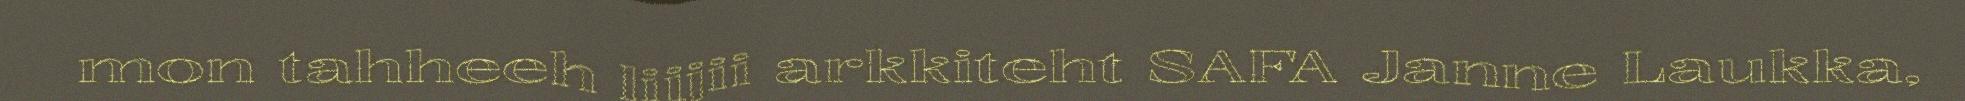
mon tahheeh lijjii arkkiteht SAFA Janne Laukka,